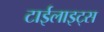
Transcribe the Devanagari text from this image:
टाईलाइट्स